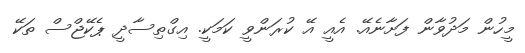
މީހުން މަދުވާން ފަށާނެއޭ. އެއީ އޭ ކުރަންވީ ކަމަކީ. އިގްތިސާދީ ޕެކޭޖްސް ތަކޭ